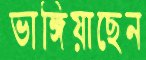
ভাঙ্গিয়াছেন